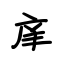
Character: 庠